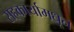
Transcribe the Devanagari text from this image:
सहकार्यामधून